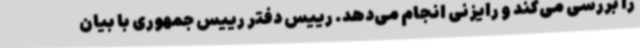
را بررسی می‌کند و رایزنی انجام می‌دهد. رییس دفتر رییس جمهوری با بیان